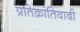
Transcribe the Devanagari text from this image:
प्रतिक्रांतिवादी